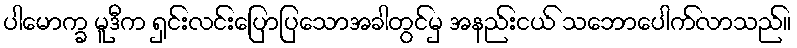
ပါမောက္ခ မူဒီက ရှင်းလင်းပြောပြသောအခါတွင်မှ အနည်းငယ် သဘောပေါက်လာသည်။